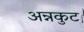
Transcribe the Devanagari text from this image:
अन्नकुट